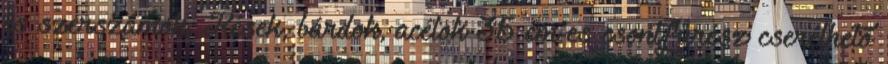
és szerszámok, Kések, bárdok, acélok 35 cm-es csontfűrész cserélhető